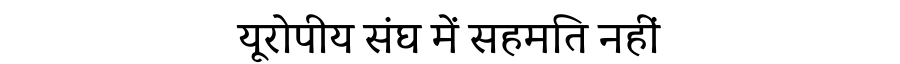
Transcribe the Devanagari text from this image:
यूरोपीय संघ में सहमति नहीं